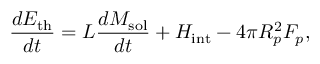
\frac { d E _ { \mathrm { t h } } } { d t } = L \frac { d M _ { \mathrm { s o l } } } { d t } + H _ { \mathrm { i n t } } - 4 \pi R _ { p } ^ { 2 } F _ { p } ,